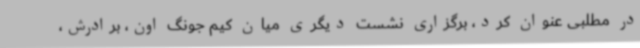
در مطلبی عنوان کرد، برگزاری نشست دیگری میان کیم جونگ اون، برادرش،